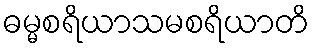
ဓမ္မစရိယာသမစရိယာတိ